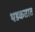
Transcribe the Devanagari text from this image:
थडकतात